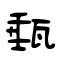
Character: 甀